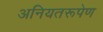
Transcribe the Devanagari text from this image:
अनियतरूपेण